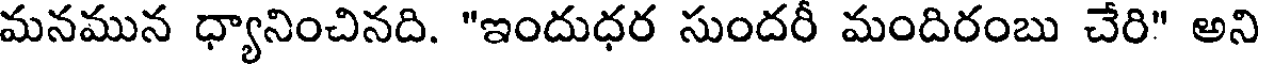
మనమున ధ్యానించినది. "ఇందుధర సుందరీ మందిరంబు చేరి" అని